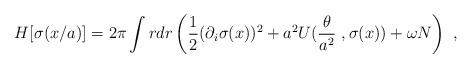
LaTeX: \begin{align*}H[\sigma(x/a)]=2\pi\int rdr\left(\frac 12(\partial_i\sigma(x))^2+a^2U(\frac{\theta}{a^2}\ ,\sigma(x))+\omega N\right)\ ,\end{align*}